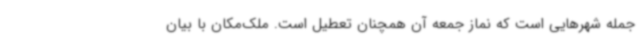
جمله شهرهایی است که نماز جمعه آن همچنان تعطیل است. ملک‌مکان با بیان